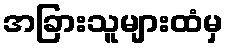
အခြားသူများထံမှ